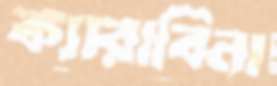
ক্যারাবিনা